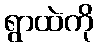
ရွာထဲကို